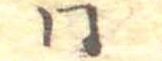
同